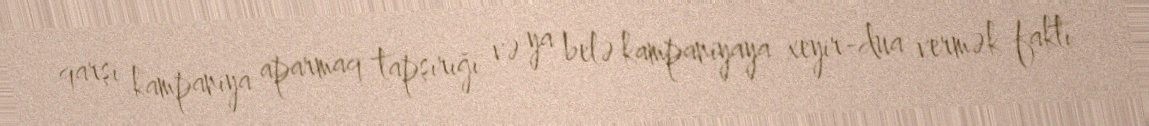
qarşı kampaniya aparmaq tapşırığı və ya belə kampaniyaya xeyir-dua vermək faktı